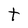
Character: t